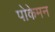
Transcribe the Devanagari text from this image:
पोकेमन